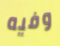
وفيه